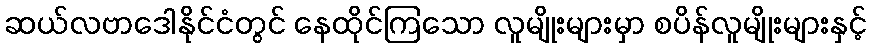
ဆယ်လဗာဒေါနိုင်ငံတွင် နေထိုင်ကြသော လူမျိုးများမှာ စပိန်လူမျိုးများနှင့်